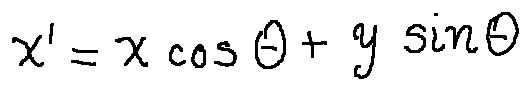
x ^ { \prime } = x \cos \theta + y \sin \theta